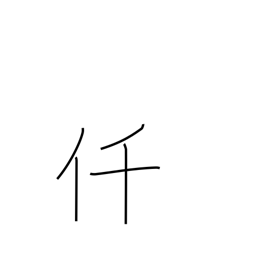
Meaning: thousand